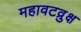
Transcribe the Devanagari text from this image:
महावटव्रुक्ष